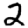
Digit: 2